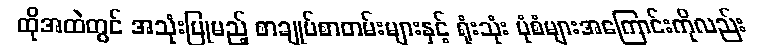
ထိုအထဲတွင် အသုံးပြုမည့် စာချုပ်စာတမ်းများနှင့် ရုံးသုံး ပုံစံများအကြောင်းကိုလည်း